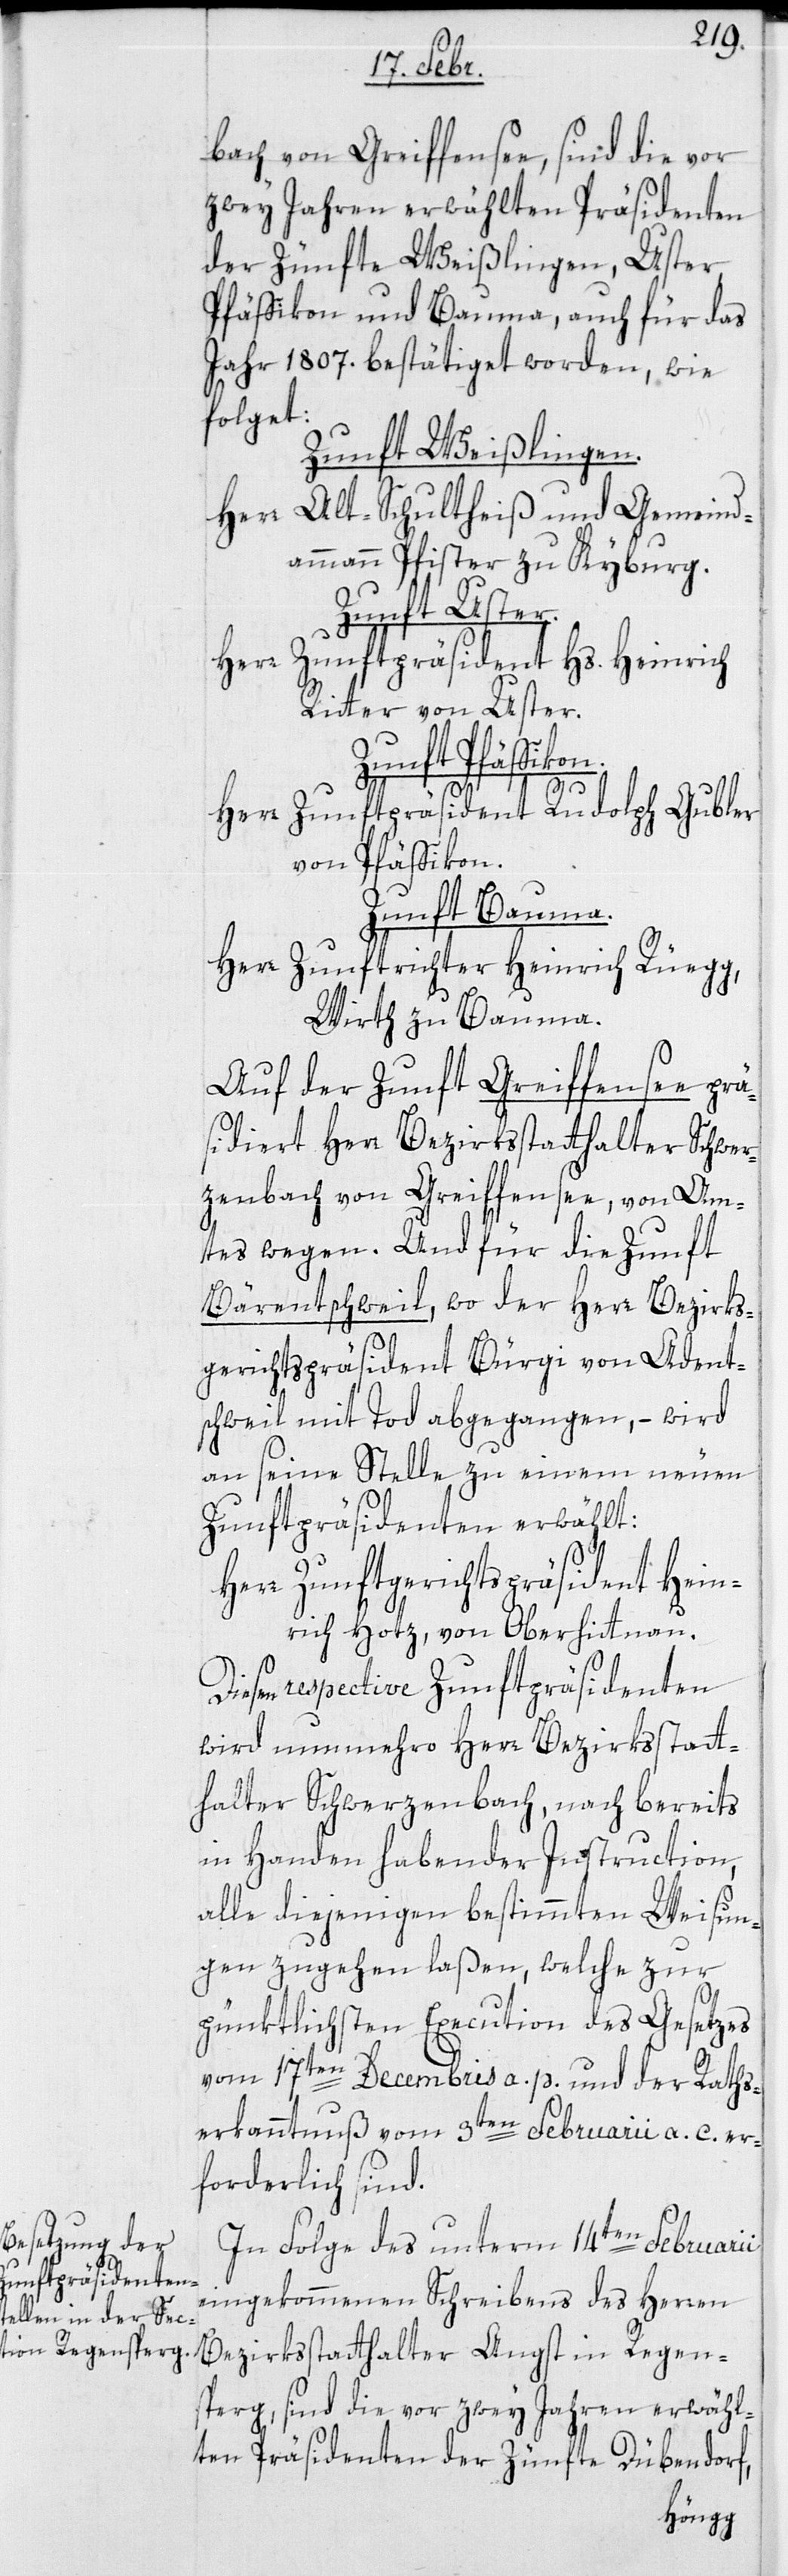
bach von Greiffensee, sind die vor
zwey Jahren erwählten Präsidenten
der Zünfte Weißlingen, Uster,
Pfäffikon und Bauma, auch für das
Jahr 1807. bestätiget worden, wie
folget:
Zunft Weißlingen.
Herr Alt-Schultheiß und Gemeind¬
ammann Pfister zu Kyburg.
Zunft Uster.
Herr Zunftpräsident Hs. Heinrich
Ritter von Uster.
Zunft Pfäffiko¬
n.
Herr Zunftpräsident Rudolph Gubler
von Pfäffikon.
Zunft Bauma.
Herr Zunftrichter Heinrich Rüegg,
Wirt zu Bauma.
Auf der Zunft Greiffensee prä¬
sidiert Herr Bezirksstatthalter Schwer¬
zenbach von Greiffensee von Am¬
tes wegen. Und für die Zunft
Bärentschweil, wo der Herr Bezirks¬
gerichtspräsident Bürgi von Adet¬
swil mit Tod abgegangen, – wird
an seine Stelle zu einem neuen
Zunftpräsidenten erwählt:
Herr Zunftgerichtspräsident Hein¬
rich Hotz von Oberhittnau.
Diesen respective Zunftpräsidenten
wird nunmehro Herr Bezirksstatt¬
halter Schwerzenbach, nach bereits
in Handen habender Instruction,
alle diejenigen bestimmten Weisun¬
gen zugehen laßen, welche zur
pünktlichsten Execution des Gesetzes
vom 17ten Decembris a. p. und der Raths¬
erkanntnuß vom 9ten Februarii a. c. er¬
forderlich sind.
In Folge des unterm 14ten Februarii
eingekommenen Schreibens des Herren
Bezirksstatthalter Angst in Regen¬
sperg, sind die vor zwey Jahren erwähl¬
ten Präsidenten der Zünfte Dübendorf,